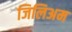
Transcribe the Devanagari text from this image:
जिलिअम